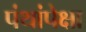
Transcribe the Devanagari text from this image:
पंथांपेक्षा